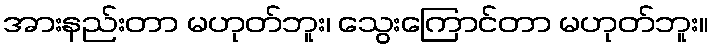
အားနည်းတာ မဟုတ်ဘူး၊ သွေးကြောင်တာ မဟုတ်ဘူး။